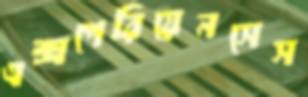
এক্সপেরিয়েনসেস